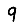
Digit: 9